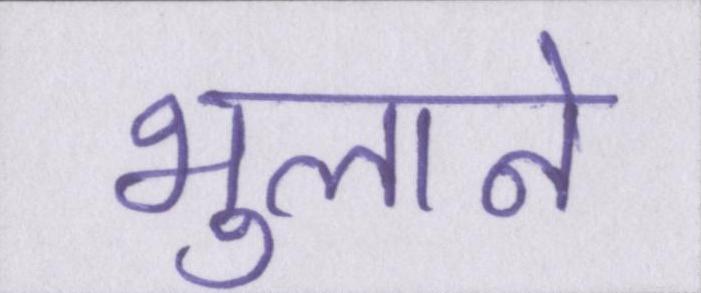
भुलाने